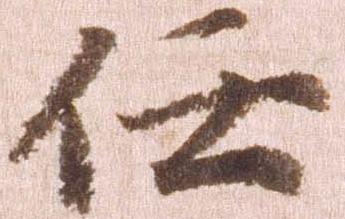
任